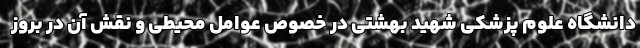
دانشگاه علوم پزشکی شهید بهشتی در خصوص عوامل محیطی و نقش آن در بروز